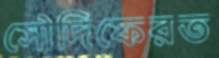
সৌদিফেরত